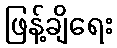
ဖြန့်ချိရေး